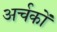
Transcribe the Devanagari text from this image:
अर्चकों